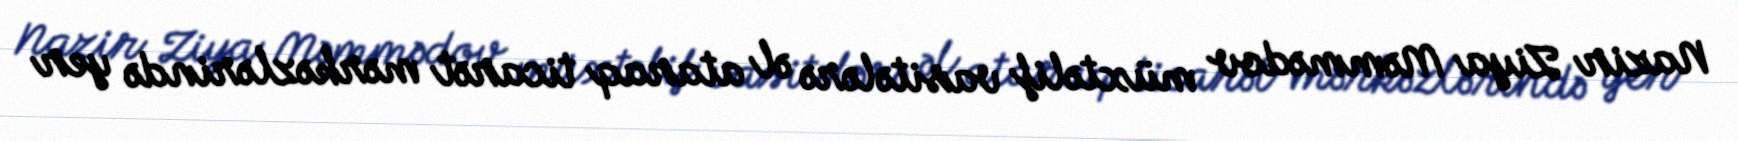
Nazir Ziya Məmmədov müxtəlif vasitələrə əl ataraq ticarət mərkəzlərində yer